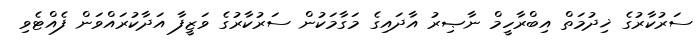
ސަރުކާރުގެ ޚިދުމަތް އިބްރާހީމް ނާޞިރު އާދައިގެ މަގާމަކުން ސަރުކާރުގެ ވަޒީފާ އަދާކުރައްވަން ފެއްޓެވި